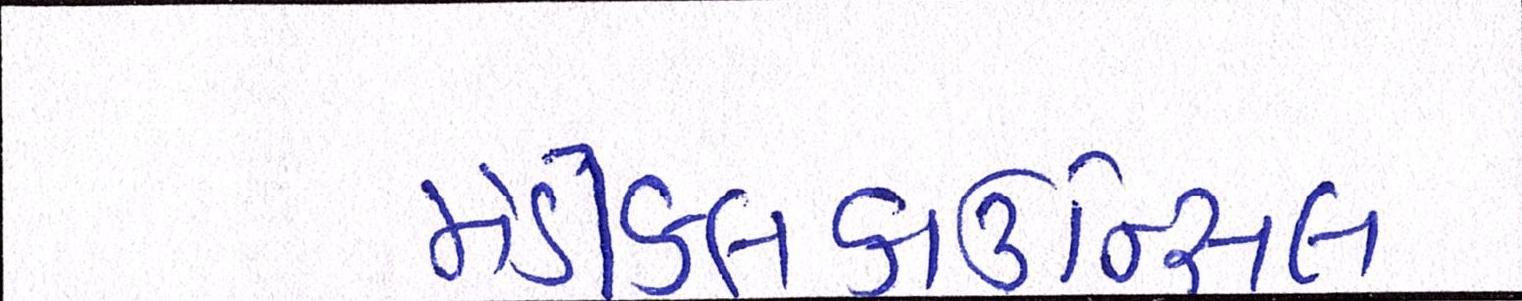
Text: મેડીકલકાઉન્સિલ